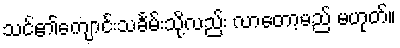
သင်၏ကျောင်းသင်္ခမ်းသို့လည်း လာတော့မည် မဟုတ်။